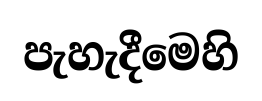
පැහැදීමෙහි